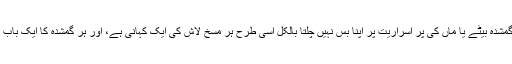
اب کوئی کیوں غائب ہوتا ہے اس پر اپنا زور ہی نہیں چلتا جیسا کہ کسی مسخ شدہ لاش کی اور کسی گمشدہ بیٹے یا ماں کی پر اسراریت پر اپنا بس نہیں چلتا بالکل اسی طرح ہر مسخ لاش کی ایک کہانی ہے، اور ہر گمشدہ کا ایک باب ہے، ہمیں اس باب کو کھلے دل سے قبولتے ہوئے اپنی مظلومیت کا ایک مشترکہ راستہ نکالنا چاہیے۔